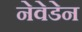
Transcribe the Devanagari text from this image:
नेवेडेन